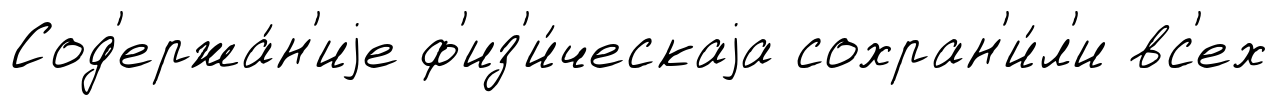
Сод'ержа́н'иjе ф'из'и́ческаjа сохран'и́л'и вс'ех